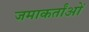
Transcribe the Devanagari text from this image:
जमाकर्तांओं